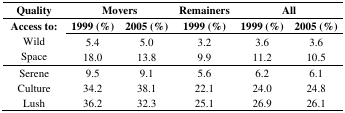
<table><thead><tr><td><b>Quality</b></td><td colspan="2"><b>Movers</b></td><td><b>Remainers</b></td><td colspan="2"><b>All</b></td></tr><tr><td><b>Access to:</b></td><td><b>1999 (%)</b></td><td><b>2005 (%)</b></td><td><b>1999 (%)</b></td><td><b>1999 (%)</b></td><td><b>2005 (%)</b></td></tr></thead><tbody><tr><td>Wild</td><td>5.4</td><td>5.0</td><td>3.2</td><td>3.6</td><td>3.6</td></tr><tr><td>Space</td><td>18.0</td><td>13.8</td><td>9.9</td><td>11.2</td><td>10.5</td></tr><tr><td>Serene</td><td>9.5</td><td>9.1</td><td>5.6</td><td>6.2</td><td>6.1</td></tr><tr><td>Culture</td><td>34.2</td><td>38.1</td><td>22.1</td><td>24.0</td><td>24.8</td></tr><tr><td>Lush</td><td>36.2</td><td>32.3</td><td>25.1</td><td>26.9</td><td>26.1</td></tr></tbody></table>